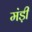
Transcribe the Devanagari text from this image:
मंड़ी